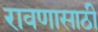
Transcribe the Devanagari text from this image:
रावणासाठी